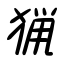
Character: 猟